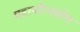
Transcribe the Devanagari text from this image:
महापरिनर्वाण